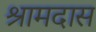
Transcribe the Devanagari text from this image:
श्रामदास